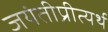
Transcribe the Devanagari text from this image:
जयंतीप्रीत्यर्थ